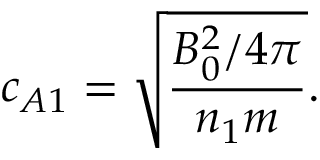
c _ { A 1 } = \sqrt { \frac { B _ { 0 } ^ { 2 } / 4 \pi } { n _ { 1 } m } } .